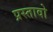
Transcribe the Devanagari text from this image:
प्रस्तावो